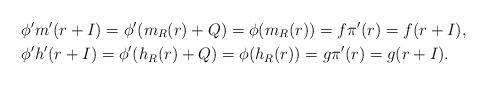
LaTeX: \begin{align*}&\phi'm'(r+I)=\phi'(m_R(r)+Q)=\phi(m_R(r))=f\pi'(r)=f(r+I),\\&\phi'h'(r+I)=\phi'(h_R(r)+Q)=\phi(h_R(r))=g\pi'(r)=g(r+I).\end{align*}